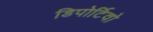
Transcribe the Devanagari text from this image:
डिपोर्टिवो